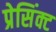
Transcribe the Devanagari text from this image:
प्रेसिंक्ट